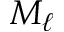
M _ { \ell }